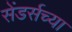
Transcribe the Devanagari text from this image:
सेंडर्सच्या